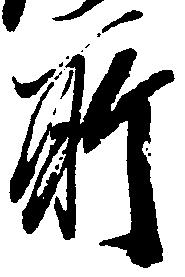
所